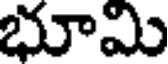
భూమి